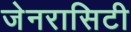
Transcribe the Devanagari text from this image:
जेनरासिटी